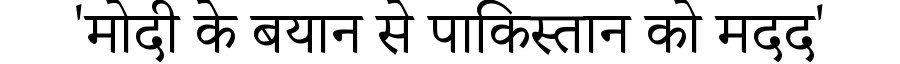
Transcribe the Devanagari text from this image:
'मोदी के बयान से पाकिस्तान को मदद'